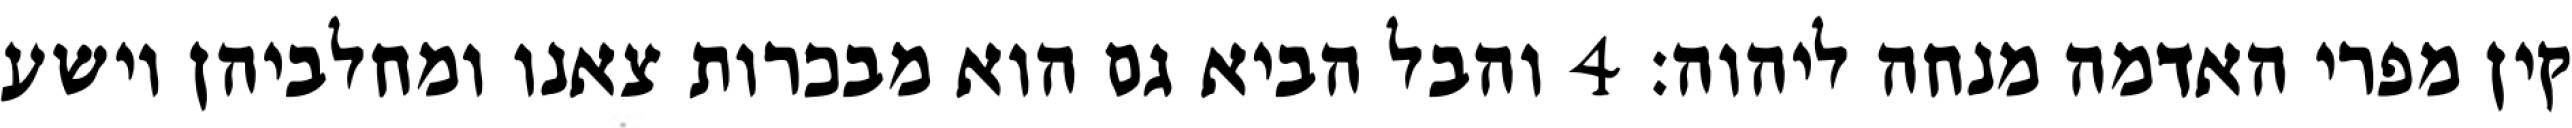
קין מפרי האדמה מנחה ליהוה׃ ‎4‏ והבל הביא גם הוא מבכרות צאנו ומחלביהן וישע